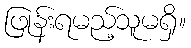
ဖြုန်းရမည့်သူမရှိ။